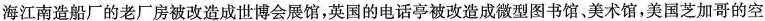
海江南造船厂的老厂房被改造成世博会展馆，英国的电话亭被改造成微型图书馆、美术馆，美国芝加哥的空